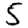
Digit: 5